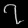
Digit: ၇